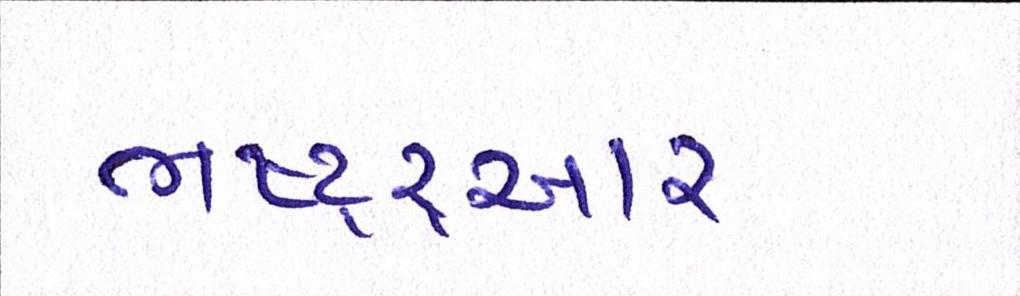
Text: ભષ્ટ્ર્ચાર